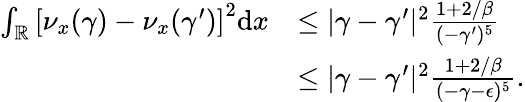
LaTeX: \begin{array}{rl}{\int_{\mathbb{R}}\left[\nu_{x}(\gamma)-\nu_{x}(\gamma^{\prime})\right]^{2}\mathrm{d}x}&{\leq\vert\gamma-\gamma^{\prime}\vert^{2}\frac{1+2/\beta}{(-\gamma^{\prime})^{5}}}\\ &{\leq\vert\gamma-\gamma^{\prime}\vert^{2}\frac{1+2/\beta}{(-\gamma-\epsilon)^{5}}.}\end{array}